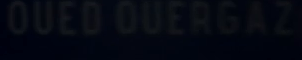
OUEDOUERGAZ